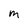
Character: m